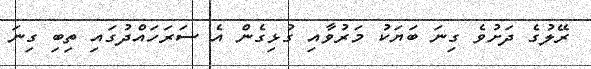
ރޭލުގެ ދަށުވެ ގިނަ ބަޔަކު މަރުވާއި ގުޅިގެން އެ ސަރަހައްދުގައި ތިބި ގިނަ